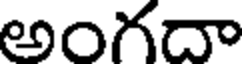
అంగదా